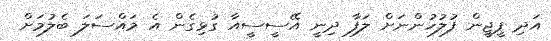
އަދި ޕީޖީން ފުލުހުންނަށް ލަފާ ދިނީ އޭސީސީއާ ގުޅިގެން އެ މައްސަލަ ބެލުމަށް